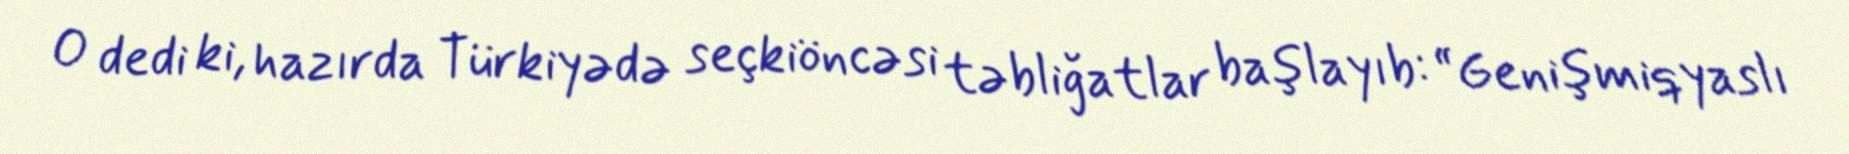
O dedi ki, hazırda Türkiyədə seçkiöncəsi təbliğatlar başlayıb: “Genişmiqyaslı